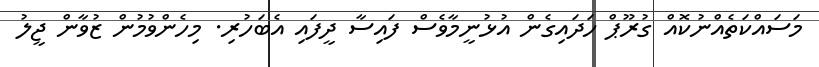
މަސައްކަތެއްނުކޮއް ގުރޫޕް ހަދައިގެން އުޅުނީމާވެސް ފައިސާ ދީފައި އެބަހުރި. މިހެންވުމުން ޒުވާން ޖީލު